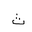
Letter: _tha